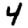
Digit: 4